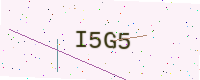
Text: I5G5